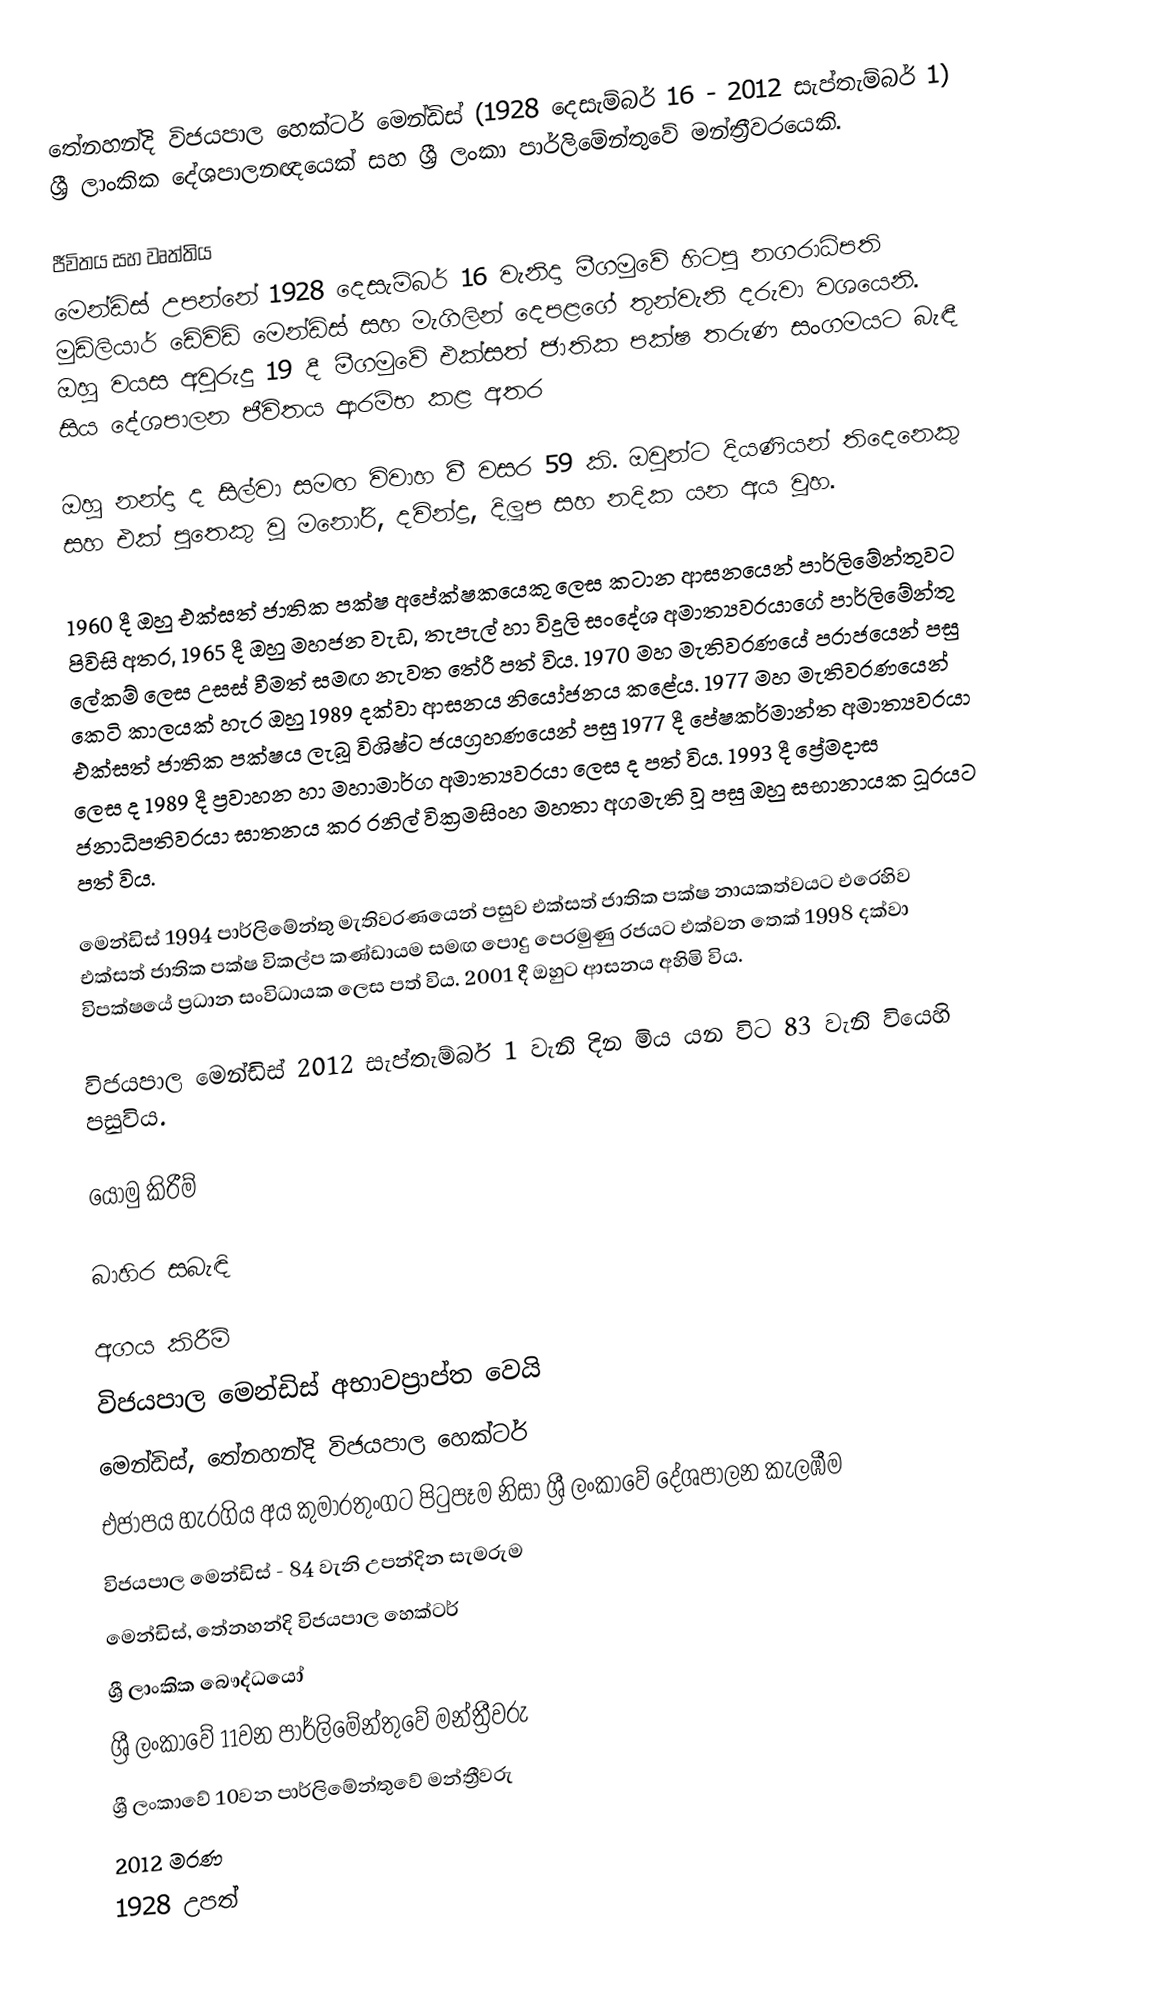
තේනහන්දි විජයපාල හෙක්ටර් මෙන්ඩිස් (1928 දෙසැම්බර් 16 - 2012 සැප්තැම්බර් 1) ශ්‍රී ලාංකික දේශපාලනඥයෙක් සහ ශ්‍රී ලංකා පාර්ලිමේන්තුවේ මන්ත්‍රීවරයෙකි.

ජීවිතය සහ වෘත්තිය
මෙන්ඩිස් උපන්නේ 1928 දෙසැම්බර් 16 වැනිදා මීගමුවේ හිටපු නගරාධිපති මුඩ්ලියාර් ඩේවිඩ් මෙන්ඩිස් සහ මැගිලින් දෙපළගේ තුන්වැනි දරුවා වශයෙනි.  ඔහු වයස අවුරුදු 19 දී මීගමුවේ එක්සත් ජාතික පක්ෂ තරුණ සංගමයට බැඳී සිය දේශපාලන ජීවිතය ආරම්භ කළ අතර

ඔහු නන්දා ද සිල්වා සමඟ විවාහ වී වසර 59 කි.  ඔවුන්ට දියණියන් තිදෙනෙකු සහ එක් පුතෙකු වූ මනෝරි, දවින්ද්‍ර, දිලූප සහ නදික යන අය වූහ.

1960 දී ඔහු එක්සත් ජාතික පක්ෂ අපේක්ෂකයෙකු ලෙස කටාන ආසනයෙන් පාර්ලිමේන්තුවට පිවිසි අතර, 1965  දී ඔහු මහජන වැඩ, තැපැල් හා විදුලි සංදේශ අමාත්‍යවරයාගේ පාර්ලිමේන්තු ලේකම් ලෙස උසස් වීමත් සමඟ නැවත තේරී පත් විය.  1970 මහ මැතිවරණයේ පරාජයෙන් පසු කෙටි කාලයක් හැර  ඔහු 1989 දක්වා ආසනය නියෝජනය කළේය. 1977 මහ මැතිවරණයෙන් එක්සත් ජාතික පක්ෂය ලැබූ විශිෂ්ට ජයග්‍රහණයෙන් පසු 1977 දී පේෂකර්මාන්ත අමාත්‍යවරයා ලෙස ද 1989 දී ප්‍රවාහන හා මහාමාර්ග අමාත්‍යවරයා ලෙස ද පත් විය.  1993 දී ප්‍රේමදාස ජනාධිපතිවරයා ඝාතනය කර රනිල් වික්‍රමසිංහ මහතා අගමැති වූ පසු ඔහු සභානායක ධූරයට පත් විය.

මෙන්ඩිස් 1994 පාර්ලිමේන්තු මැතිවරණයෙන් පසුව  එක්සත් ජාතික පක්ෂ නායකත්වයට එරෙහිව එක්සත් ජාතික පක්ෂ විකල්ප කණ්ඩායම සමඟ පොදු පෙරමුණු රජයට එක්වන තෙක් 1998 දක්වා විපක්ෂයේ ප්‍රධාන සංවිධායක ලෙස පත් විය.  2001 දී ඔහුට ආසනය අහිමි විය.

විජයපාල මෙන්ඩිස් 2012 සැප්තැම්බර් 1 වැනි දින මිය යන විට 83 වැනි වියෙහි පසුවිය.

යොමු කිරීම්

බාහිර සබැඳි

 අගය කිරීම්
 විජයපාල මෙන්ඩිස් අභාවප්‍රාප්ත වෙයි
 මෙන්ඩිස්, තේනහන්දි විජයපාල හෙක්ටර්
 එජාපය හැරගිය අය කුමාරතුංගට පිටුපෑම නිසා ශ්‍රී ලංකාවේ දේශපාලන කැලඹීම
 විජයපාල මෙන්ඩිස් - 84 වැනි උපන්දින සැමරුම
 මෙන්ඩිස්, තේනහන්දි විජයපාල හෙක්ටර්
ශ්‍රී ලාංකික බෞද්ධයෝ
ශ්‍රී ලංකාවේ 11වන පාර්ලිමේන්තුවේ මන්ත්‍රීවරු
ශ්‍රී ලංකාවේ 10වන පාර්ලිමේන්තුවේ මන්ත්‍රීවරු
2012 මරණ
1928 උපත්